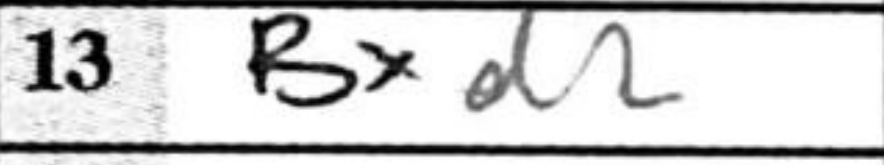
Transcription: Bxd2